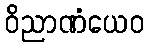
ဝိညာဏံယေဝ